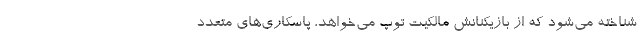
شناخته می‌شود که از بازیکنانش مالکیت توپ می‌خواهد، پاسکاری‌های متعدد